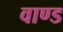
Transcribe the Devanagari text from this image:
वाण्ड